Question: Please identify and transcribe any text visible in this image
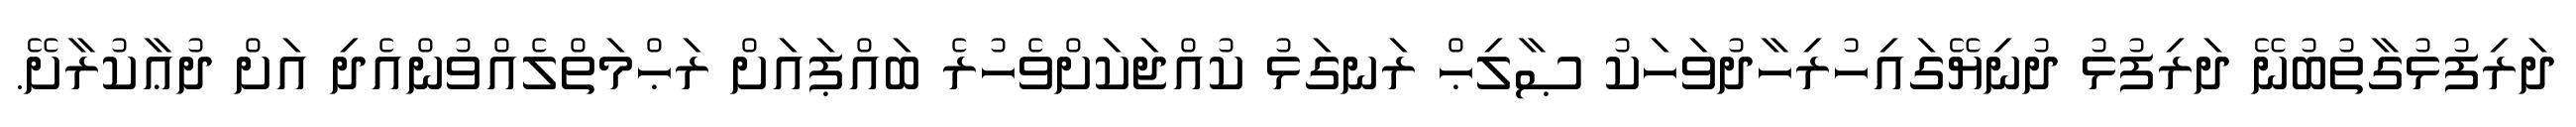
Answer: ދަރިފުޅުގާތުބުނޭ ދަރިފުޅު ދުނިޔޭގައިހުރިހާދުވަހަކު ޞާލިޙް ރަނގަޅު ކުއްޖަކަށްވެހުރެ ބައްޕައަށް ރަޙްމަތްލެއްވުންއެދި އަށް ދުޢާކުރާށޭ.